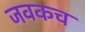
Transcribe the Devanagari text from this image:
जवकच